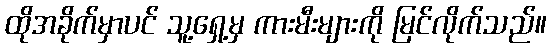
ထိုအခိုက်မှာပင် သူ့ရှေ့မှ ကားမီးများကို မြင်လိုက်သည်။